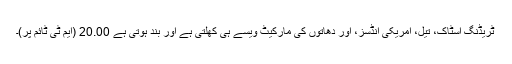
ٹریڈنگ اسٹاک، تیل، امریکی انڈسز، اور دھاتوں کی مارکیٹ ویسے ہی کھلتی ہے اور بند ہوتی ہے 20.00 (ایم ٹی ٹائم پر)۔